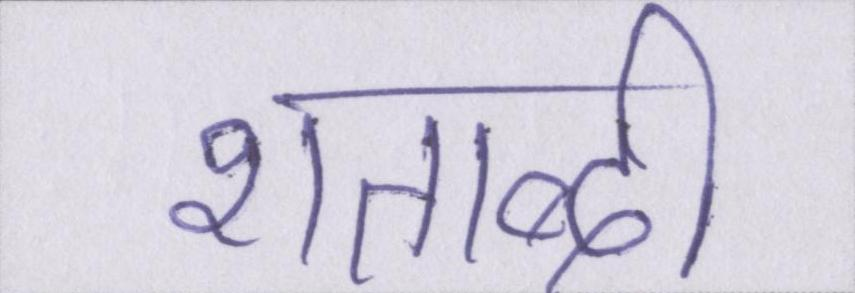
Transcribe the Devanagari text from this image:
शताब्दी